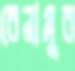
রেনামুর